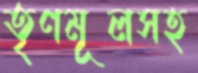
তৃণমূলসহ